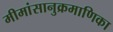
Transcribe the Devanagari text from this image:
मीमांसानुक्रमाणिका